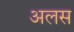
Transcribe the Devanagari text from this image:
अलस